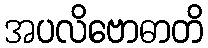
အပလိဗောဓာတိ